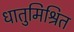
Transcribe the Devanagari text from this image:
धातुमिश्रित